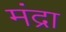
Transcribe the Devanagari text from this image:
मंद्रा